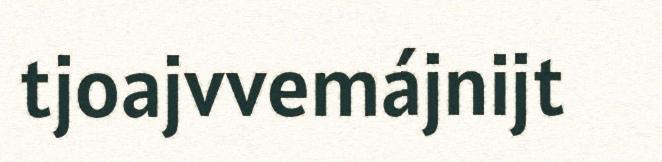
tjoajvvemájnijt